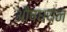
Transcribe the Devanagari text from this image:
औषधयन